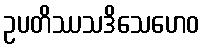
ဥပတိဿသဒိသေဟေဝ